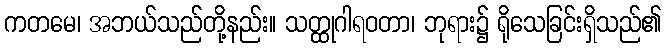
ကတမေ၊ အဘယ်သည်တို့နည်း။ သတ္ထုဂါရဝတာ၊ ဘုရား၌ ရိုသေခြင်းရှိသည်၏